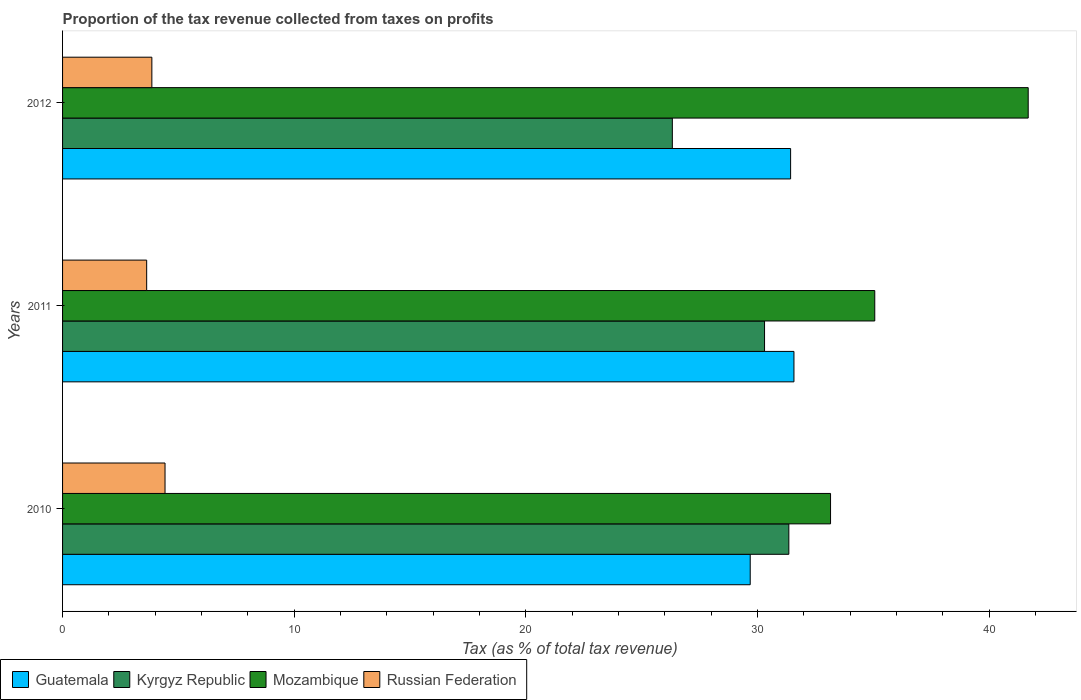
| Years | Guatemala | Kyrgyz Republic | Mozambique | Russian Federation |
 | --- | --- | --- | --- | --- |
 | 2010 | 29.7 | 31.4 | 33.2 | 4.42 |
 | 2011 | 31.6 | 30.3 | 35.1 | 3.63 |
 | 2012 | 31.4 | 26.3 | 41.7 | 3.85 |